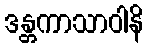
ဒန္တကာသာဝါနိ